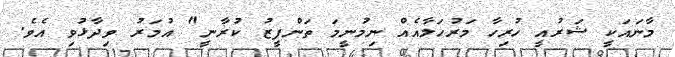
މާނައަކީ ޝަރުއީ ހުރިހާ މަރުހަލާއެއް ނިމުނީމަ ތަންފީޒު ކުރާނީ" އުމަރު ވިދާޅުވި އެވެ.